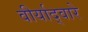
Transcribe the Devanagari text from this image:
वीर्याद्वारे